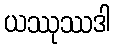
ယဿုဿဒါ